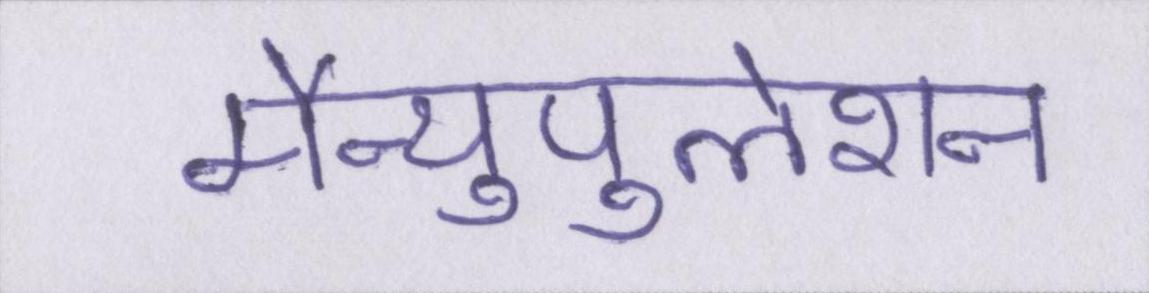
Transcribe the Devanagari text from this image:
मैन्युपुलेशन